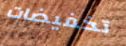
تخفيضات